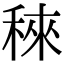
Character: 䅘